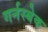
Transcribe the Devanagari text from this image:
गर्नस्बेक